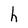
Character: h